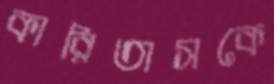
কারিতাসকে